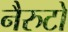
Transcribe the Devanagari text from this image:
नैरुटो